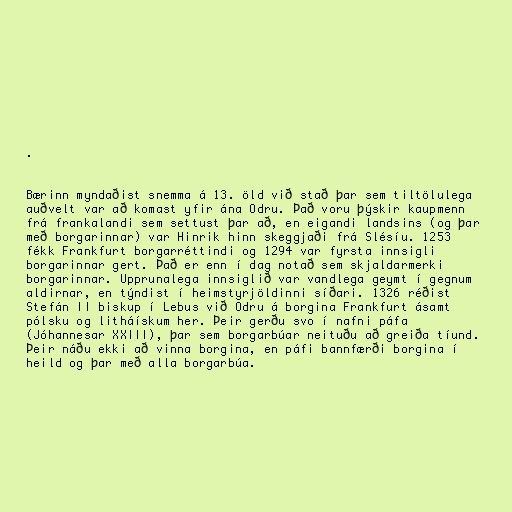
.

Bærinn myndaðist snemma á 13. öld við stað þar sem tiltölulega
auðvelt var að komast yfir ána Odru. Það voru þýskir kaupmenn
frá frankalandi sem settust þar að, en eigandi landsins (og þar
með borgarinnar) var Hinrik hinn skeggjaði frá Slésíu. 1253
fékk Frankfurt borgarréttindi og 1294 var fyrsta innsigli
borgarinnar gert. Það er enn í dag notað sem skjaldarmerki
borgarinnar. Upprunalega innsiglið var vandlega geymt í gegnum
aldirnar, en týndist í heimstyrjöldinni síðari. 1326 réðist
Stefán II biskup í Lebus við Odru á borgina Frankfurt ásamt
pólsku og litháískum her. Þeir gerðu svo í nafni páfa
(Jóhannesar XXIII), þar sem borgarbúar neituðu að greiða tíund.
Þeir náðu ekki að vinna borgina, en páfi bannfærði borgina í
heild og þar með alla borgarbúa.